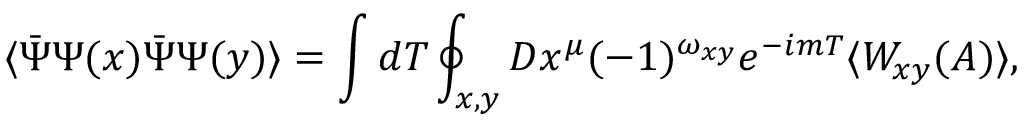
\langle \bar { \Psi } \Psi ( x ) \bar { \Psi } \Psi ( y ) \rangle = \int d T \oint _ { x , y } { \cal D } x ^ { \mu } ( - 1 ) ^ { \omega _ { x y } } e ^ { - i m T } \langle W _ { x y } ( A ) \rangle ,